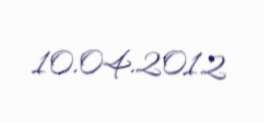
10.04.2012